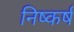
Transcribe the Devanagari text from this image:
निष्कर्षं